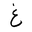
Letter: _gayn